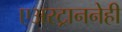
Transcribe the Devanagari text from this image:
एअरट्राननेही